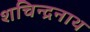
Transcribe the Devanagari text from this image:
शचिन्द्रनाथ